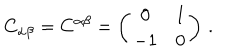
LaTeX: C _ { \alpha \beta } = C ^ { \alpha \beta } = \left( \begin{array} { c c } { { 0 } } & { { 1 } } \\ { { - 1 } } & { { 0 } } \\ \end{array} \right) \, .